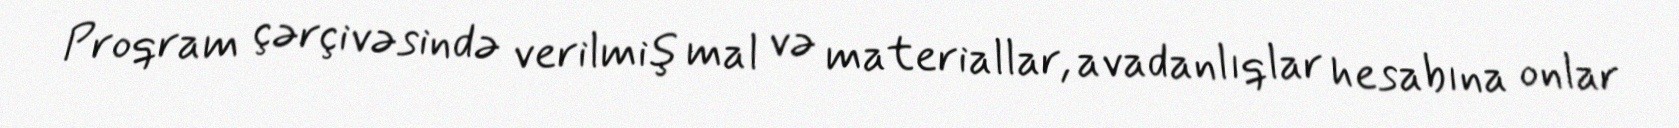
Proqram çərçivəsində verilmiş mal və materiallar, avadanlıqlar hesabına onlar